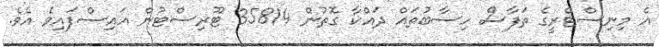
އެ މިނިސްޓްރީގެ ތަފާސް ހިސާބުތައް ދައްކާ ގޮތުން 35814 ޓޫރިސްޓުން އައިސްފައިވެ އެވެ.